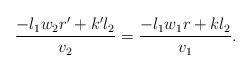
LaTeX: \begin{align*}\frac{-l_1w_2r'+k'l_2}{v_2}=\frac{-l_1w_1r+kl_2}{v_1}.\end{align*}